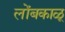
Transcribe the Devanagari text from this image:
लोंबकाळू